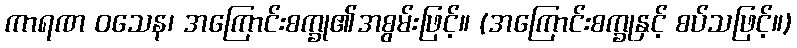
ကာရဏ ဝသေန၊ အကြောင်းစက္ခု၏အစွမ်းဖြင့်။ (အကြောင်းစက္ခုနှင့် စပ်သဖြင့်။)